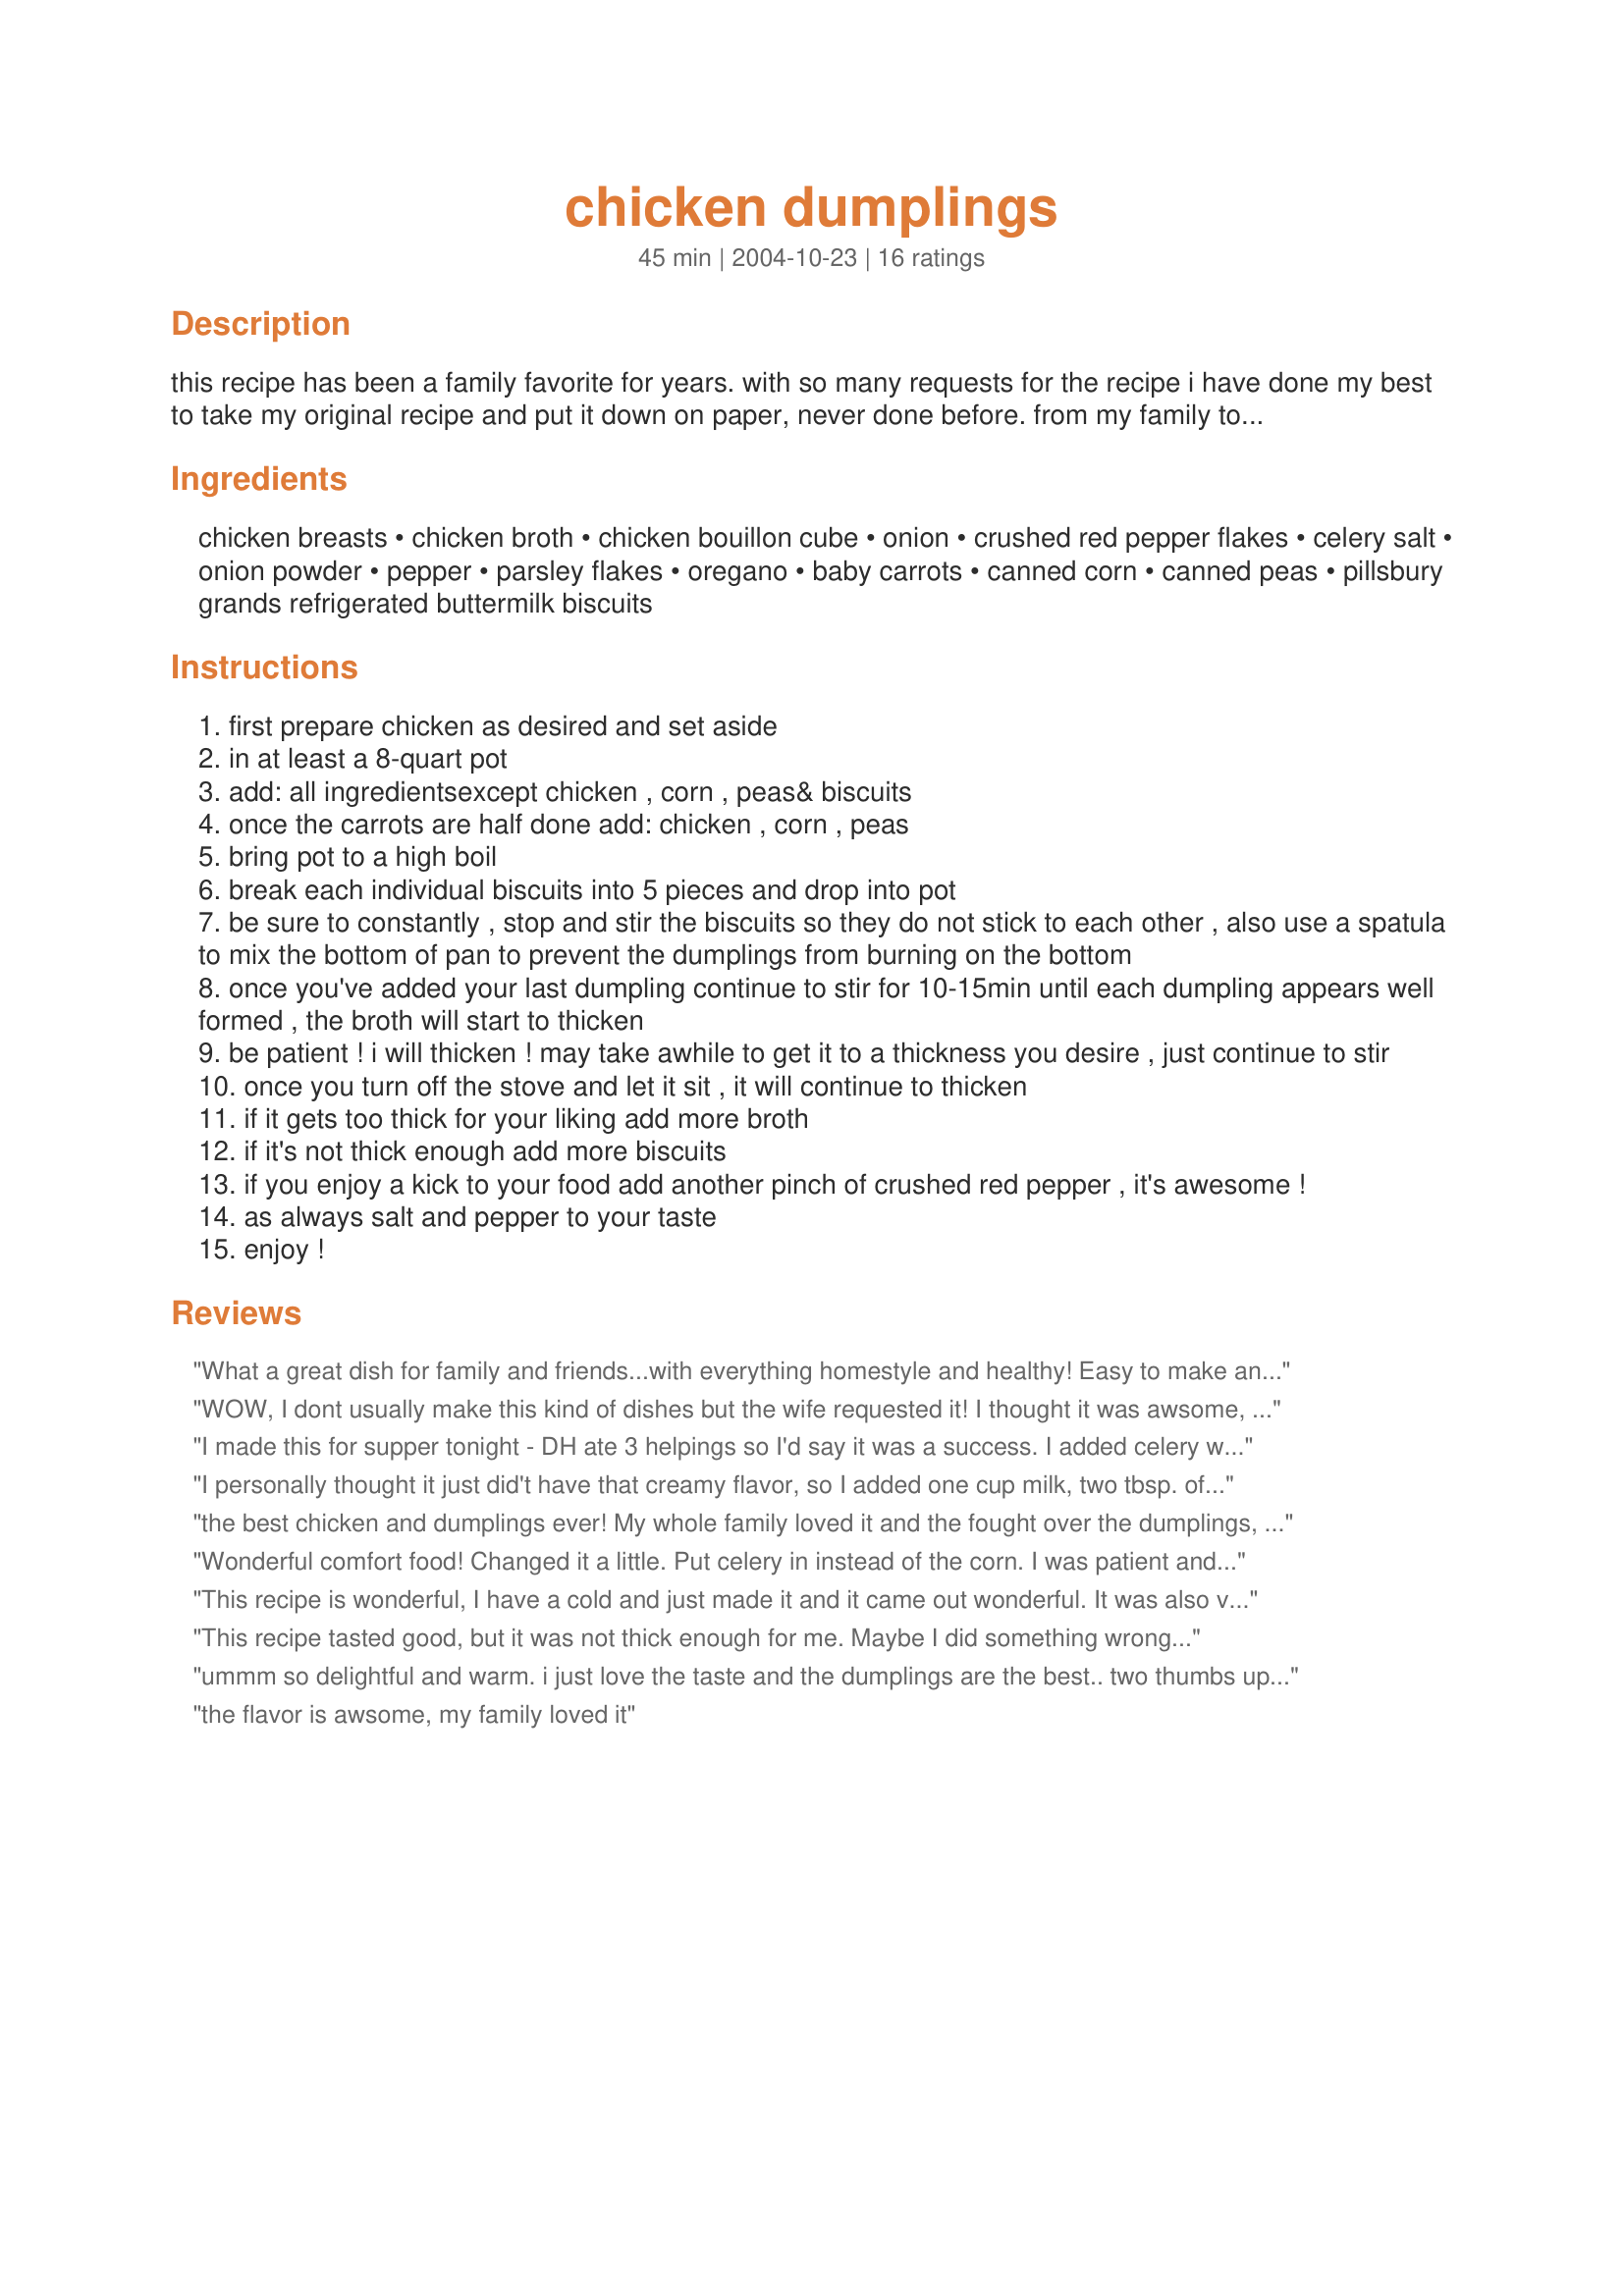
chicken dumplings
Preparation time: 45 minutes

this recipe has been a family favorite for years. with so many requests for the recipe i have done my best to take my original recipe and put it down on paper, never done before. from my family to yours--enjoy!

Ingredients:
chicken breasts, chicken broth, chicken bouillon cube, onion, crushed red pepper flakes, celery salt, onion powder, pepper, parsley flakes, oregano, baby carrots, canned corn, canned peas, pillsbury grands refrigerated buttermilk biscuits

Steps:
first prepare chicken as desired and set aside
in at least a 8-quart pot
add: all ingredientsexcept chicken , corn , peas& biscuits
once the carrots are half done add: chicken , corn , peas
bring pot to a high boil
break each individual biscuits into 5 pieces and drop into pot
be sure to constantly , stop and stir the biscuits so they do not stick to each other , also use a spatula to mix the bottom of pan to prevent the dumplings from burning on the bottom
once you've added your last dumpling continue to stir for 10-15min until each dumpling appears well formed , the broth will start to thicken
be patient ! i will thicken ! may take awhile to get it to a thickness you desire , just continue to stir
once you turn off the stove and let it sit , it will continue to thicken
if it gets too thick for your liking add more broth
if it's not thick enough add more biscuits
if you enjoy a kick to your food add another pinch of crushed red pepper , it's awesome !
as always salt and pepper to your taste
enjoy !

Reviews:
What a great dish for family and friends...with everything homestyle and healthy! Easy to make and feeds all ages! Thanks to the chef!
WOW, I dont usually make this kind of dishes but the wife requested it! I thought it was awsome, great flavor. I used a rotisseree chicken and it was so easy and it got great flavor. I threw the juice in from the bottom of the chicken container. The next day the broth thicken up even more, it was tasty. This would be great on a cold fall day!
I made this for supper tonight - DH ate 3 helpings so I'd say it was a success. I added celery with the carrots and left out the corn (personal preference), otherwise made the recipe as directed. Will be making it again.
I personally thought it just did't have that creamy flavor, so I added one cup milk, two tbsp. of sour cream and also a tsp. of garlic. It then satisfied my taste. Overall it was super easy to make and tasted alright. Thank you for the recipe.
the best chicken and dumplings ever! My whole family loved it and the fought over the dumplings, who knew dumplings could be so easy..thank you.
Wonderful comfort food! Changed it a little. Put celery in instead of the corn. I was patient and it really thickened up great. Thanks!!
This recipe is wonderful, I have a cold and just made it and it came out wonderful. It was also very comforting.
This recipe tasted good, but it was not thick enough for me. Maybe I did something wrong...
ummm so delightful and warm. i just love the taste and the dumplings are the best.. two thumbs up because its all i have
the flavor is awsome, my family loved it
I just pulled this recipe up and tried it for fun..something different. I am pleasantly surprised..it was soo good. I chopped up a potatoe and threw it in.The flavor and texture was soo yummy. This is one of the recipes you'll use over and over again.
great recipe!! it was very easy to prepare and cook! thank you so much for sharing!
I was really worried for a minute when I started this recipe that the sauce would not be creamy like I was used to with this dish, however when I added the biscuit dumplings, everything came together perfect. Awesome recipe.
my wife and I tried this,it was easy to make and the flavor was mouth watering. I'll be sure to make this again.
Excellent dish! I followed the recipe exactly and was very pleased with the results. It was very simple and tasty. Thank you for the recipe!
What flavor! This is truly the best Chicken & Dumplings! I wasn't able to get 2 whole cans of biscuits in there but one was plenty. Thanks!
